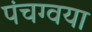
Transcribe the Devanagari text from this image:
पंचग्वया